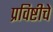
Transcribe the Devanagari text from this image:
प्रविष्टीचे